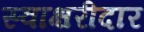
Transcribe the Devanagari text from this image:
स्वाक्षरीदार